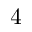
4